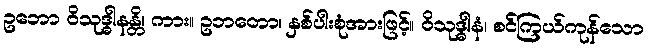
ဥဘော ဝိသုဒ္ဓါနန္တိ၊ ကား။ ဥဘတော၊ နှစ်ပါးစုံအားဖြင့်။ ဝိသုဒ္ဓါနံ၊ စင်ကြယ်ကုန်သော